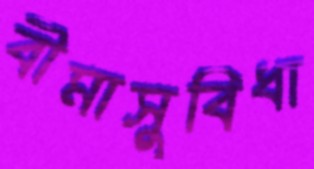
বীমাসুবিধা